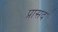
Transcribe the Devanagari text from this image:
प्रासद